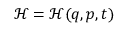
{ \mathcal { H } } = { \mathcal { H } } ( { \boldsymbol { q } } , { \boldsymbol { p } } , t )